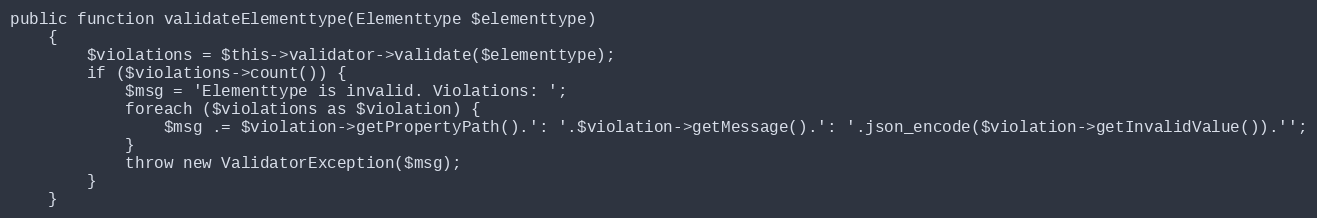
Language: PHP
public function validateElementtype(Elementtype $elementtype)
    {
        $violations = $this->validator->validate($elementtype);
        if ($violations->count()) {
            $msg = 'Elementtype is invalid. Violations: ';
            foreach ($violations as $violation) {
                $msg .= $violation->getPropertyPath().': '.$violation->getMessage().': '.json_encode($violation->getInvalidValue()).'';
            }
            throw new ValidatorException($msg);
        }
    }